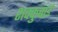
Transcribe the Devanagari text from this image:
शक्कुबाई